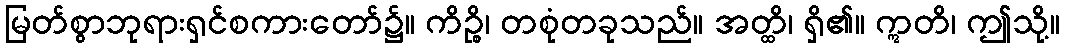
မြတ်စွာဘုရားရှင်စကားတော်၌။ ကိဉ္စိ၊ တစုံတခုသည်။ အတ္ထိ၊ ရှိ၏။ ဣတိ၊ ဤသို့။